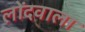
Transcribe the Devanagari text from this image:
लोंदवाला